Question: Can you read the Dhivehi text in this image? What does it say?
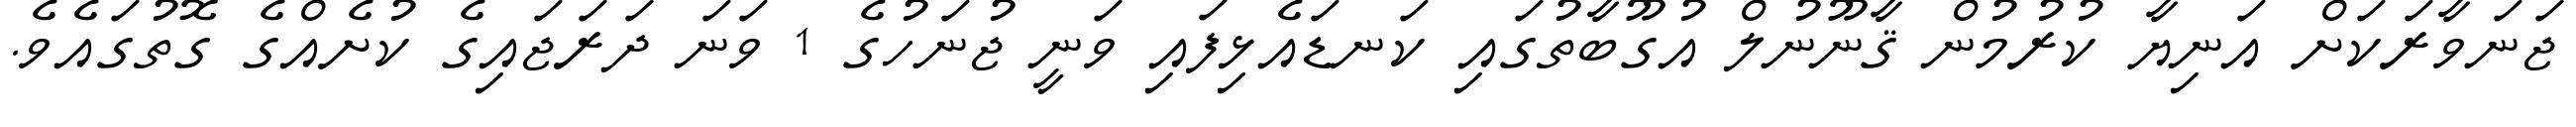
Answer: ޖަނަވާރަކަށް އަނިޔާ ކުރުމުން ޤާނޫނުލް އުގޫބާތުގައި ކަނޑައެޅިފައި ވަނީ ޖުނަހުގެ 1 ވަނަ ދަރަޖައިގެ ކުށެއްގެ ގޮތުގައެވެ.